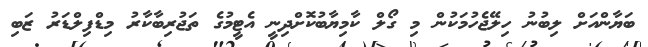
ބަޔާންއަށް ލިބުނު ހިލޭޖެހުމަކުން މި ގޯލް ކާމިޔާބުކޮށްދިނީ އެޓީމުގެ ތަޖުރިބާކާރު މިޑްފިލްޑަރު ޒަބި